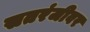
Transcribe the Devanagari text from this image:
सतरंजीवर